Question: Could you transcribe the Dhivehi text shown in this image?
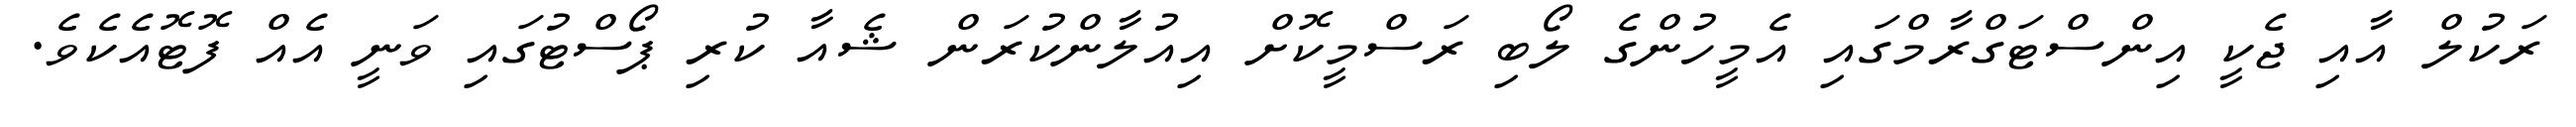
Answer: ރަކުލް އާއި ޖެކީ އިންސްޓަގްރާމްގައި އެމީހުންގެ ލޯބި ރަސްމީކޮށް އިއުލާންކުރަން ޝެއާ ކުރި ޕޯސްޓުގައި ވަނީ އެއް ފޮޓޮއެކެވެ.